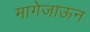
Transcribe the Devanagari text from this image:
मागेजाऊन